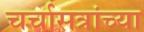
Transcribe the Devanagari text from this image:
चर्चासत्रांच्या